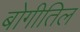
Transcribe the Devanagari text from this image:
बोगीतिल